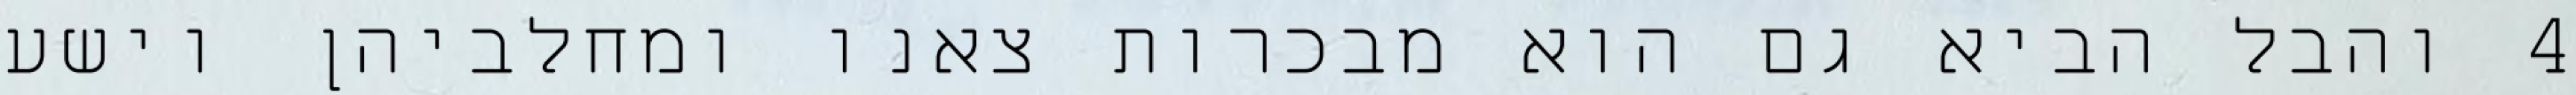
‎4‏ והבל הביא גם הוא מבכרות צאנו ומחלביהן וישע